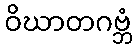
ဝိဃာတဂဗ္ဘံ